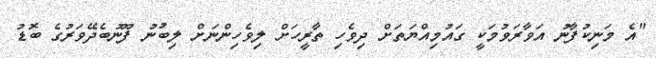
"އެ މަނިކުފާނު އަވާރަވުމަކީ ގައުމިއްޔަތަށް ދިވެހި ތާރީހަށް ލިވެހިންނަށް ލިބުނު ފޫނުބެދޭވަރުގެ ބޮޑު